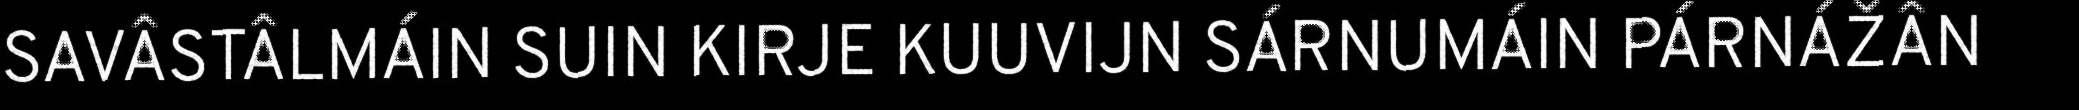
SAVÂSTÂLMÁIN SUIN KIRJE KUUVIJN SÁRNUMÁIN PÁRNÁŽÂN